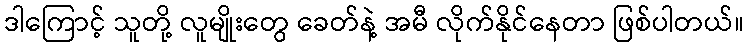
ဒါကြောင့် သူတို့ လူမျိုးတွေ ခေတ်နဲ့ အမီ လိုက်နိုင်နေတာ ဖြစ်ပါတယ်။